Lunatic asylums Burma 1907-21 - 1907-1921
Year: 1907
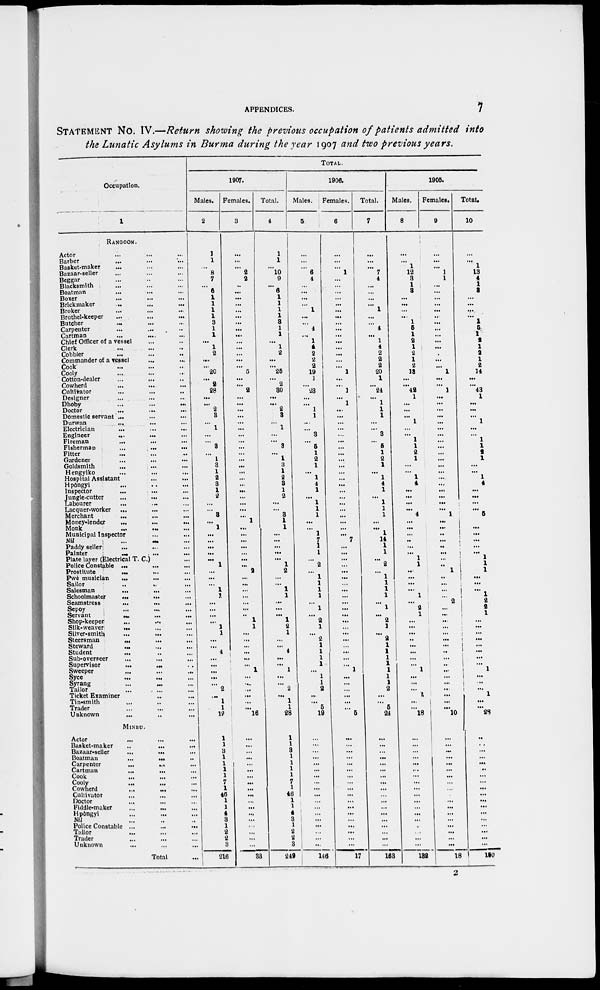
APPENDICES.
7
STATEMENT No. IV.—Return showing the previous occupation of patients admitted into
the Lunatic Asylums in Burma during the year 1907 and two previous years.
Occupation.
1
RANGOON.
Actor ... ... ...
Barber
... ... ...
Basket-maker
...
...
...
Bazaar-seller ... ... ...
Beggar ... ... ...
Blacksmith ... ... ...
Boatman ... ... ...
Boxer ... ... ...
Brick maker ... ... ...
Broker ... ... ...
Brothel-keeper ... ... ...
Butcher ... ... ...
Carpenter ... ... ...
Cartman ... ... ...
Chief Officer of a vessel ... ... ...
Clerk ... ... ...
Cobbler ... ... ...
Commander of a vessel ... ... ...
Cook ... ... ...
Cooly ... ... ...
Cotton-dealer ... ... ...
Cowherd ... ... ...
Cultivator ... ... ...
Designer ... ... ...
Dhoby ... ... ...
Doctor ... ... ...
Domestic servant ... ... ...
Durwan ... ... ...
Electrician ... ... ...
Engineer ... ... ...
Fireman ... ... ...
Fisherman ... ... ...
Fitter ... ... ...
Gardener ... ... ...
Goldsmith ... ... ...
Hengyiko ... ... ...
Hospital Assistant ... ... ...
Hpôngyi ... ... ...
Inspector ... ... ...
Jungle-cutter ... ... ...
Labourer ... ... ...
Lacquer-worker ... ... ...
Merchant ... ... ...
Money-lender
...
...
...
Monk
...
...
...
Municipal Inspector ... ...
Nil
...
...
...
Paddy seller ... ... ...
Painter ... ... ...
Plate layer (Electrical T. C.) ...
Police Constable
...
...
...
Prostitute ... ... ...
Pwè musician ... ... ...
Sailor ... ... ...
Salesman ... ... ...
Schoolmaster
...
...
...
Seamstress
...
...
...
Sepoy ... ... ...
Servant ... ... ...
Shop-keeper ... ... ...
Silk-weaver ... ... ...
Silver-smith ... ... ...
Steersman ... ... ...
Steward ... ... ...
Student ... ... ...
Sub-overseer
...
...
...
Supervisor
...
...
...
Sweeper ... ... ...
Syce ... ... ...
Syrang ... ... ...
Tailor ... ... ...
Ticket Examiner ... ...
Tin-smith ... ... ...
Trader ... ... ...
Unknown ... ... ...
MlNBU
Actor ... ... ...
Basket-maker ... ... ...
Bazaar-seller ... ... ...
Boatman
...
...
...
Carpenter
...
...
...
Cartman
...
...
...
Cook ... ... ...
Cooly ... ... ...
Cowherd ... ... ...
Cultivator ... ... ...
Doctor ... ... ...
Fiddle-maker ... ... ...
Hpôngyi ... ... ...
Nil ... ... ...
Police Constable ... ... ...
Tailor ... ... ...
Trader ... ... ...
Unknown ... ... ...
Total ...
TOTAL.
1907.
Males.
2
1
1
...
8
7
...
6
1
1
1
1
3
1
1
...
1
2
...
...
20
...
2
28
...
...
2
3
...
1
...
...
3
...
1
3
1
2
3
1
2
...
...
3
...
1
...
...
...
...
...
1
...
...
...
1
1
...
...
...
...
1
1
...
...
4
...
...
...
...
...
2
...
1
1
12
1
1
3
1
1 1
1
7
1
46
1
1
4
3
1
2
2
3
216
Females.
3
...
...
...
2
2
..
...
...
...
...
...
...
...
...
...
...
...
...
...
5
...
...
2
1
...
...
...
...
...
...
...
...
...
...
...
...
...
...
...
...
...
...
...
1
...
...
...
...
...
...
...
2
...
... ...
...
...
...
..
1
1
...
...
...
...
...
...
1
...
...
...
...
...
...
16
...
...
...
...
...
...
...
...
...
...
...
...
...
...
...
...
...
...
83
Total.
4
1
1
...
10
9
...
6
1
1
1
1
3
1
1
...
1
2
...
...
25
...
2
30
...
...
2
3
...
1
...
...
3
...
1
3
1
2
3
1
2
...
...
3
1
1
...
...
...
...
...
1
2
...
...
1
1
...
...
...
1
2
1
...
...
4
...
...
1
...
...
2
... 1
1
28
1
1
3
1
1
1
1
7
1
46
1
1
4
3
1
2
2
3
249
1906.
Males.
5
...
...
...
6
4
...
...
...
...
1
...
...
4
...
1
4
2
2
2
19
1
...
23
...
...
1
1
...
...
3
...
5
1
2
1
...
1
4
1
...
1
1
1
...
...
1
7
1
1
...
2
...
1
1
1
1
...
1
...
2
1
...
2
1
1
1
1
...
1
1
2
...
...
5
19
...
...
...
...
...
...
...
...
...
...
...
...
...
...
...
...
...
...
146
Females.
6
...
...
...
1
...
...
...
...
...
...
...
...
...
...
...
...
...
...
.:.
1
...
...
1
1
1
...
...
...
...
...
...
...
...
...
...
...
...
...
...
...
...
...
...
...
...
...
7
...
...
...
...
...
...
...
...
...
...
...
...
...
...
...
...
...
... ...
...
1
...
...
...
...
...
...
5
...
...
...
...
...
...
...
...
...
...
...
...
...
...
...
...
...
...
17
Total.
7
...
...
...
7
4
...
...
...
...
1
...
...
4
...
1
4
2
2
2
20
1
...
24
...
1
1
1
...
...
3
...
5
1
2
1
...
1
4
1
...
1
1
1
...
...
1
14
1
1
...
2
...
1
1
1
1
...
1
...
2
1
...
2
1
1
1
1
1
1
1
2
...
...
5
24
...
...
...
...
...
...
...
...
...
...
...
...
...
...
...
...
...
...
163
1906.
Males.
8
...
...
1
12
3
1
3
...
...
...
...
1
5
1
2
1
2
1
2
18
...
...
42
1
...
...
...
1
...
...
1
1
2
1
...
...
1
4
...
...
...
...
4
...
...
...
..
...
...
1
1
...
...
...
...
1
...
2
1
...
...
...
..
...
...
...
...
1
...
...
...
1
...
...
18
...
...
...
...
...
...
...
...
...
...
...
...
...
...
...
...
...
...
132
Females.
9
...
...
...
1
1
...
...
...
...
...
...
...
...
...
...
...
...
...
... 1
...
...
1
...
...
...
...
...
...
...
...
...
...
...
...
...
...
...
...
...
...
...
1
...
...
...
...
..
...
...
...
1
...
...
...
...
2
...
...
...
...
...
...
...
...
...
...
...
...
...
..
...
...
...
10
...
...
...
...
...
...
...
...
...
...
...
... ...
...
...
...
...
...
18
Total.
10
...
...
1
13
4
1
3
...
...
...
...
1 5
1
2
1
2
1
2
14
...
...
43
1
...
...
...
1
...
...
1
1
2
1
...
...
1
4
...
...
...
...
5
...
...
...
...
...
...
1
1
1
...
...
...
1
2
2 1
...
...
...
...
...
... ...
...
1
...
...
...
1
...
...
28
..
...
...
...
...
..
...
...
...
...
...
...
...
...
...
...
...
...
150
2